Report of the Bombay Veterinary College
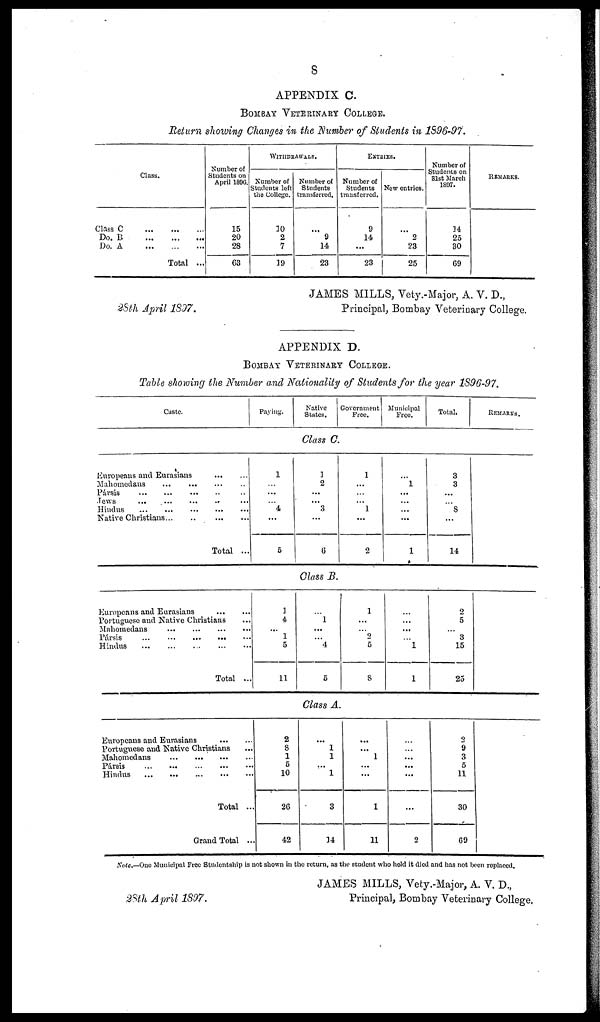
8
APPENDIX C.
BOMBAY VETERINARY COLLEGE.
Return showing Changes in the Number of Students in 1896-97.
Class.
Class C ... ... ...
Do. B ... ... ...
Do. A ... ... ...
Total ...
Number of
Students on
April 1896.
15
20
28
63
WITHDRAWALS.
Number of
Students left
the College.
10
2
7
19
Number of
Students
transferred.
... 9
14
23
EXTRIES.
Number of
Students
transferred.
9
14
...
23
New entries.
...
2
23
25
Number of
Students on
31st March
1897.
14
25
30
69
REMARKS.
JAMES MILLS, Vety.-Major, A. V. D.,
28th April 1897.
Principal, Bombay Veterinary College.
APPENDIX D.
BOMBAY VETERINARY COLLEGE.
Table showing the Number and Nationality of Students for the year 1896-97.
Caste.
Paying.
Native
States.
Government
Free.
Municipal
Free.
Total.
REMARKS.
Class C.
Europeans and Eurasians
...
...
Mahomedans ... ... ... ...
Parsis
...
...
...
...
...
Jews
...
...
...
...
...
Hindus
...
...
...
...
...
Native Christians
...
...
...
...
Total ...
1
...
...
...
4
...
5
1
2
...
...
3
...
6
1
...
...
...
1
...
2
...
1
...
...
...
...
1
3
3
...
...
8
...
14
Class B.
Europeans and Eurasians ... ....
Portuguese and Native Christians ...
Mahomedans
...
...
...
...
Pársis
...
...
...
...
...
Hindus ... ... ... ... ...
Total ...
1
4
... 1
5
11
...
1
...
...
4
5
1
...
...
2
5
8
...
...
...
...
1
1
2
5
...
3
15
25
Class A.
Europeans and Eurasians
...
...
Portuguese and Native Christians ...
Mahomedans ... ... ... ...
Pársis
...
...
...
...
...
Hindus ... ... ... ...
Total ...
Grand Total ...
2
8
1
5 10
26
42
...
1
1
...
1
3
14
...
...
1
...
...
1
11
...
...
...
...
...
...
2
2
9
3
5
11
30
69
Note.—One Municipal Free Studentship is not shown in the return, as the student who held it died and has not been replaced.
JAMES MILLS, Vety.-Major, A. V. D.,
28th April 1897.
Principal, Bombay Veterinary College.